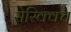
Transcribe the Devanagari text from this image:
सेस्क्विच